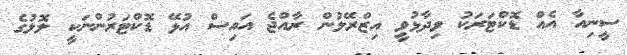
ސީނިއާ އެއް ޑޮކްޓަރަކު ވިދާޅުވީ އިޒްރޭލުން ރާއްޖެ އައިސް އުޅޭ ޑޮކްޓަރުންނަކީ ލޮލުގެ